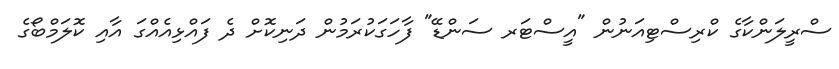
ސްރީލަންކާގެ ކްރިސްޓިއަނުން "އީސްޓަރ ސަންޑޭ" ފާހަގަކުރަމުން ދަނިކޮށް ދެ ފައްޅިއެއްގަ އާއި ކޮލަމްބޯގެ